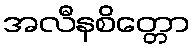
အလီနစိတ္တော